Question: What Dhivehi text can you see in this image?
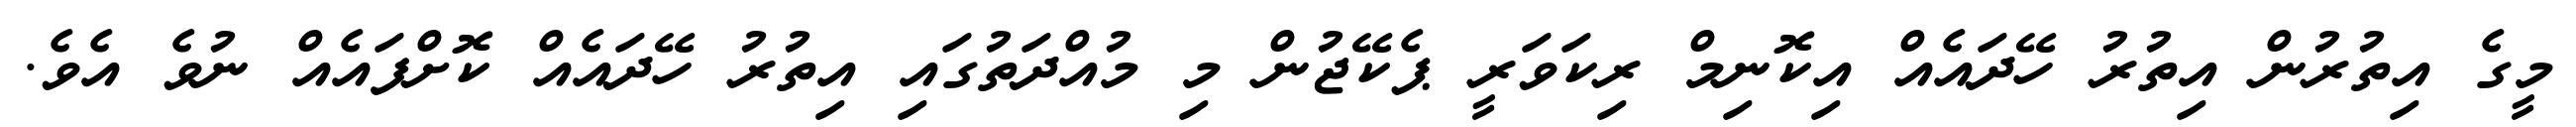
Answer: މީގެ އިތުރުން އިތުރު ހޭދައެއް އިކޮނިމް ރިކަވަރީ ޕެކޭޖުން މި މުއްދަތުގައި އިތުރު ހޭދައެއް ކޮށްފައެއް ނުވެ އެވެ.